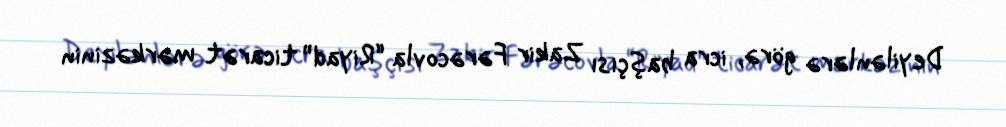
Deyilənlərə görə, icra başçısı Zakir Fərəcovla “Riyad” ticarət mərkəzinin